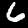
Digit: 6